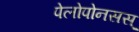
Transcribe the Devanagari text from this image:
पेलोपोनसस्‌